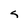
Character: s